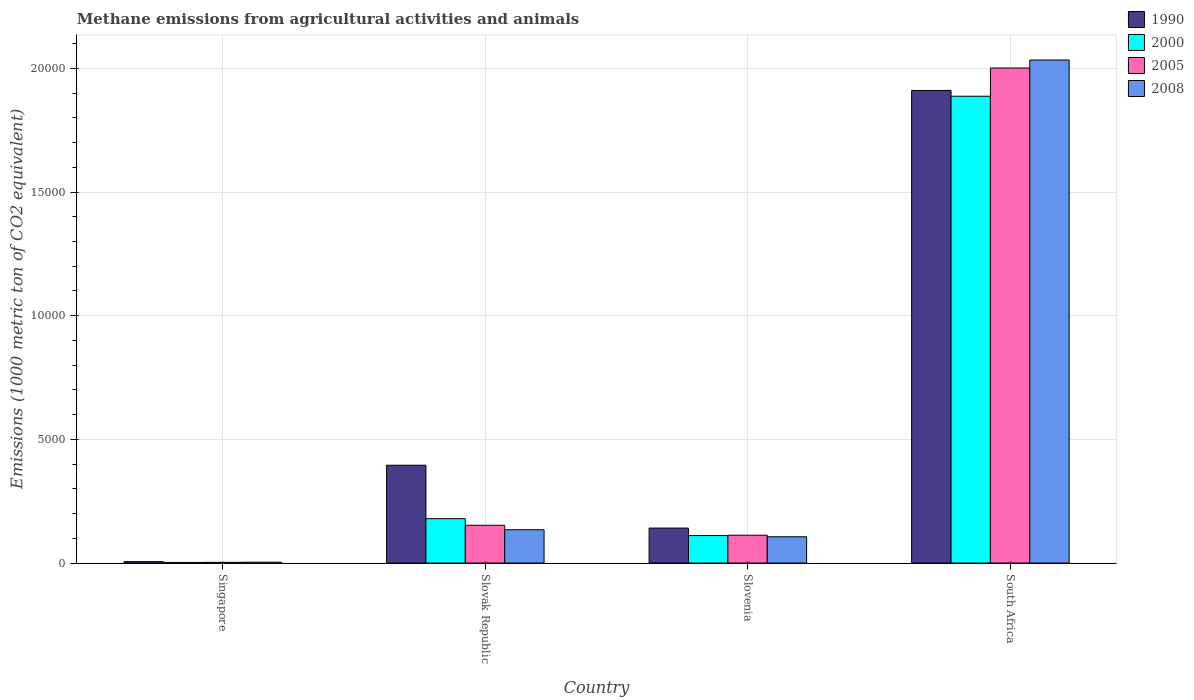
| Country | 1990 | 2000 | 2005 | 2008 |
 | --- | --- | --- | --- | --- |
 | Singapore | 55.6 | 24.4 | 28.4 | 32.8 |
 | Slovak Republic | 3.95e+03 | 1.79e+03 | 1.53e+03 | 1.35e+03 |
 | Slovenia | 1.41e+03 | 1.11e+03 | 1.12e+03 | 1.06e+03 |
 | South Africa | 1.91e+04 | 1.89e+04 | 2e+04 | 2.03e+04 |